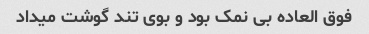
فوق العاده بی نمک بود و بوی تند گوشت میداد